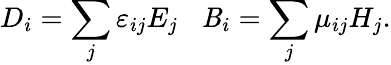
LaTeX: D_{i}=\sum_{j}\varepsilon_{ij}E_{j}\; \; \; \mathit{B}_{i}=\sum_{j}\mu_{ij}H_{j}.